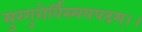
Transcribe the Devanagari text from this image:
सुरगुरोर्विस्मयपदम्।।